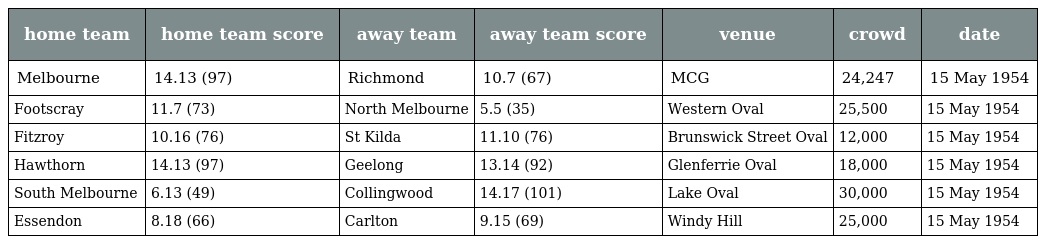
| home team | home team score | away team | away team score | venue | crowd | date |
 | --- | --- | --- | --- | --- | --- | --- |
 | Melbourne | 14.13 (97) | Richmond | 10.7 (67) | MCG | 24,247 | 15 May 1954 |
 | Footscray | 11.7 (73) | North Melbourne | 5.5 (35) | Western Oval | 25,500 | 15 May 1954 |
 | Fitzroy | 10.16 (76) | St Kilda | 11.10 (76) | Brunswick Street Oval | 12,000 | 15 May 1954 |
 | Hawthorn | 14.13 (97) | Geelong | 13.14 (92) | Glenferrie Oval | 18,000 | 15 May 1954 |
 | South Melbourne | 6.13 (49) | Collingwood | 14.17 (101) | Lake Oval | 30,000 | 15 May 1954 |
 | Essendon | 8.18 (66) | Carlton | 9.15 (69) | Windy Hill | 25,000 | 15 May 1954 |